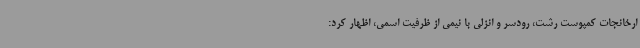
ارخانجات کمپوست رشت، رودسر و انزلی با نیمی از ظرفیت اسمی، اظهار کرد: